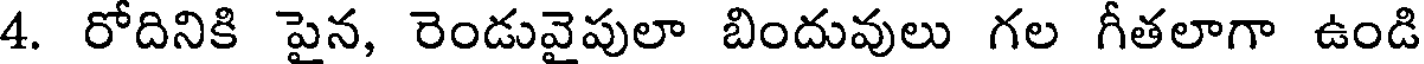
4. రోదినికి పైన, రెండువైపులా బిందువులు గల గీతలాగా ఉండి